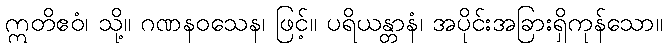
ဣတိဧဝံ၊ သို့။ ဂဏနဝသေန၊ ဖြင့်။ ပရိယန္တာနံ၊ အပိုင်းအခြားရှိကုန်သော။